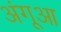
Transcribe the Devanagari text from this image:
अंगूआ